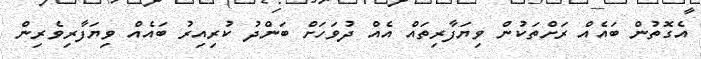
އެގޮތުން ބައެއް ރަށްތަކުން ވިޔަފާރިތައް އެއް ދުވަހަށް ބަންދު ކުރިއިރު ބައެއް ވިޔަފާރިވެރިން